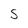
Character: s